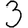
Digit: 3